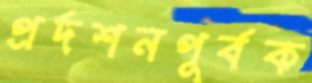
প্রর্দশনপূর্বক